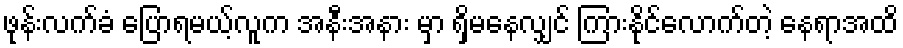
ဖုန်းလက်ခံ ပြောရမယ့်လူက အနီးအနား မှာ ရှိမနေလျှင် ကြားနိုင်လောက်တဲ့ နေရာအထိ